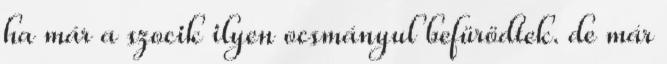
ha már a szocik ilyen ocsmányul befürödtek. de már